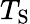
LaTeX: T_{\mathrm{{S}}}